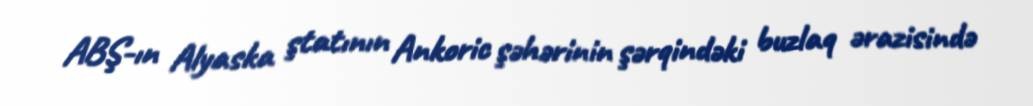
ABŞ-ın Alyaska ştatının Ankoric şəhərinin şərqindəki buzlaq ərazisində